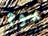
يوم